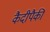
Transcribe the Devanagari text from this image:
कैदीपैकी